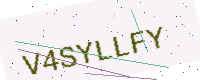
Text: V4SYLLFY